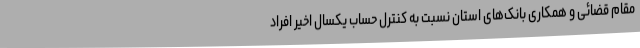
مقام قضائی و همکاری بانک‌های استان نسبت به کنترل حساب یکسال اخیر افراد